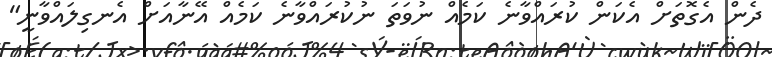
ދެން އެގޮތަށް އެކަން ކުރައްވާނެ ކަމެއް ނުވަތަ ނުކުރައްވާނެ ކަމެއް އޭނާއަށް އެނގިލައްވާނީ"